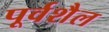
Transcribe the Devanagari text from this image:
पूर्वशैल